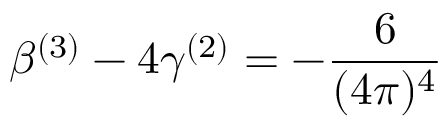
\beta ^ { ( 3 ) } - 4 \gamma ^ { ( 2 ) } = - \frac { 6 } { ( 4 \pi ) ^ { 4 } }